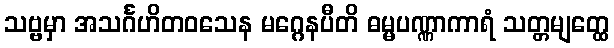
သဗ္ဗမှာ အသင်္ဂဟိတဝသေန မဂ္ဂေနပီတိ ဓမ္မပဏ္ဏာကာရံ သတ္တမျတ္ထေ